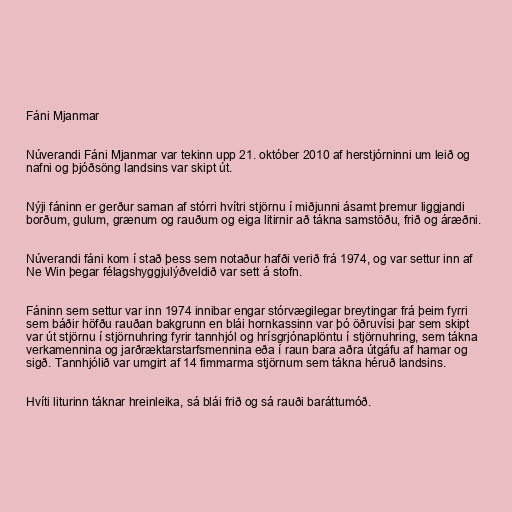
Fáni Mjanmar

Núverandi Fáni Mjanmar var tekinn upp 21. október 2010 af herstjórninni um leið og
nafni og þjóðsöng landsins var skipt út.

Nýji fáninn er gerður saman af stórri hvítri stjörnu í miðjunni ásamt þremur liggjandi
borðum, gulum, grænum og rauðum og eiga litirnir að tákna samstöðu, frið og áræðni.

Núverandi fáni kom í stað þess sem notaður hafði verið frá 1974, og var settur inn af
Ne Win þegar félagshyggjulýðveldið var sett á stofn.

Fáninn sem settur var inn 1974 innibar engar stórvægilegar breytingar frá þeim fyrri
sem báðir höfðu rauðan bakgrunn en blái hornkassinn var þó öðruvísi þar sem skipt
var út stjörnu í stjörnuhring fyrir tannhjól og hrísgrjónaplöntu í stjörnuhring, sem tákna
verkamennina og jarðræktarstarfsmennina eða í raun bara aðra útgáfu af hamar og
sigð. Tannhjólið var umgirt af 14 fimmarma stjörnum sem tákna héruð landsins.

Hvíti liturinn táknar hreinleika, sá blái frið og sá rauði baráttumóð.